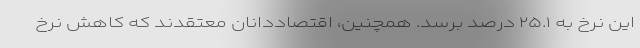
این نرخ به ۲۵.۱ درصد برسد. همچنین، اقتصاددانان معتقدند که کاهش نرخ